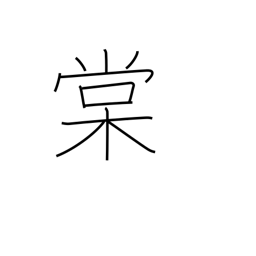
Meaning: wild pear tree